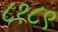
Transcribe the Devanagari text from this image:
८१८९